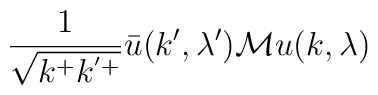
\frac{1}{\sqrt{k^+k^{'+}}}\bar{u}(k',\lambda') {\cal M} u(k,\lambda)